Indian journal of veterinary science and animal husbandry - Volumes 15-17, 1948-1951
Year: 1948
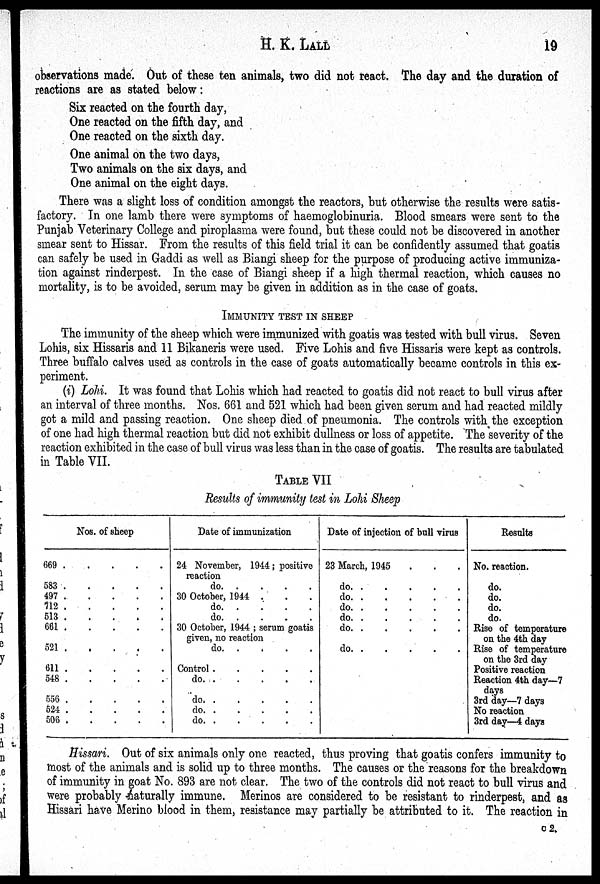
H. K.
LALL
19
observations made. Out of these ten animals, two did not react. The day and the duration of
reactions are as stated below:
Six reacted on the fourth day,
One reacted on the fifth day, and
One reacted on the sixth day.
One animal on the two days,
Two animals on the six days, and
One animal on the eight days.
There was a slight loss of condition amongst the reactors, but otherwise the results were satis-
factory. In one lamb there were symptoms of haemoglobinuria. Blood smears were sent to the
Punjab Veterinary College and piroplasma were found, but these could not be discovered in another
smear sent to Hissar. From the results of this field trial it can be confidently assumed that goatis
can safely be used in Gaddi as well as Biangi sheep for the purpose of producing active immuniza-
tion against rinderpest. In the case of Biangi sheep if a high thermal reaction, which causes no
mortality, is to be avoided, serum may be given in addition as in the case of goats.
IMMUNITY TEST IN SHEEP
The immunity of the sheep which were immunized with goatis was tested with bull virus. Seven
Lohis, six Hissaris and 11 Bikaneris were used. Five Lohis and five Hissaris were kept as controls.
Three buffalo calves used as controls in the case of goats automatically became controls in this ex-
periment.
(i) Lohi. It was found that Lohis which had reacted to goatis did not react to bull virus after
an interval of three months. Nos. 661 and 521 which had been given serum and had reacted mildly
got a mild and passing reaction. One sheep died of pneumonia. The controls with the exception
of one had high thermal reaction but did not exhibit dullness or loss of appetite. The severity of the
reaction exhibited in the case of bull virus was less than in the case of goatis. The results are tabulated
in Table VII.
TABLE VII
Results of immunity test in Lohi Sheep
Nos. of sheep
669
.
.
.
.
.
583
.
.
.
.
.
497
.
.
.
.
.
712
.
.
.
.
.
513
.
.
.
.
.
661
.
.
.
.
.
521
.
.
.
.
.
611
.
.
.
.
.
548
.
.
.
.
.
556
.
.
.
.
.
524
.
.
.
.
.
506
.
.
.
.
.
Date of immunization
24 November, 1944; positive
reaction
do. . . . . .
30 October, 1944 . . .
do. . . . . .
do. . . . . .
30 October, 1944; serum goatis
given, no reaction
do. . . . . .
Control.
.
.
.
.
.
do.
.
.
.
.
.
do.
.
.
.
.
.
do.
.
.
.
.
.
do.
.
.
.
.
.
Date of injection of bull virus
23 March, 1945 . . .
do.
.
.
.
.
.
do.
.
.
.
.
.
do.
.
.
.
.
.
do.
.
.
.
.
.
do.
.
.
.
.
.
do.
.
.
.
.
.
Results
No. reaction.
do.
do.
do.
do.
Rise of temperature
on the 4th day
Rise of temperature
on the 3rd day
Positive reaction
Reaction 4th day—7
days
3rd day—7 days
No reaction
3rd day—4 days
Hissari. Out of six animals only one reacted, thus proving that goatis confers immunity to
most of the animals and is solid up to three months. The causes or the reasons for the breakdown
of immunity in goat No. 893 are not clear. The two of the controls did not react to bull virus and
were probably naturally immune. Merinos are considered to be resistant to rinderpest, and as
Hissari have Merino blood in them, resistance may partially be attributed to it. The reaction in
c 2.